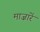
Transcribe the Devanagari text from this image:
माज़ारें